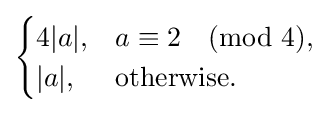
{\begin{cases}4|a|,&a\equiv 2{\pmod {4}},\\|a|,&{\text{otherwise.}}\end{cases}}